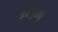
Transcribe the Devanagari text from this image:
डब्ल्यु१२४